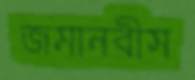
জমানবীস